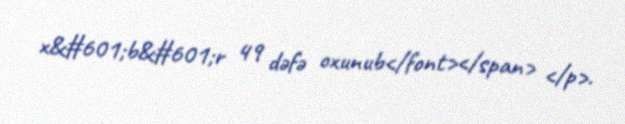
x&#601;b&#601;r 49 dəfə oxunub</font></span> </p>.